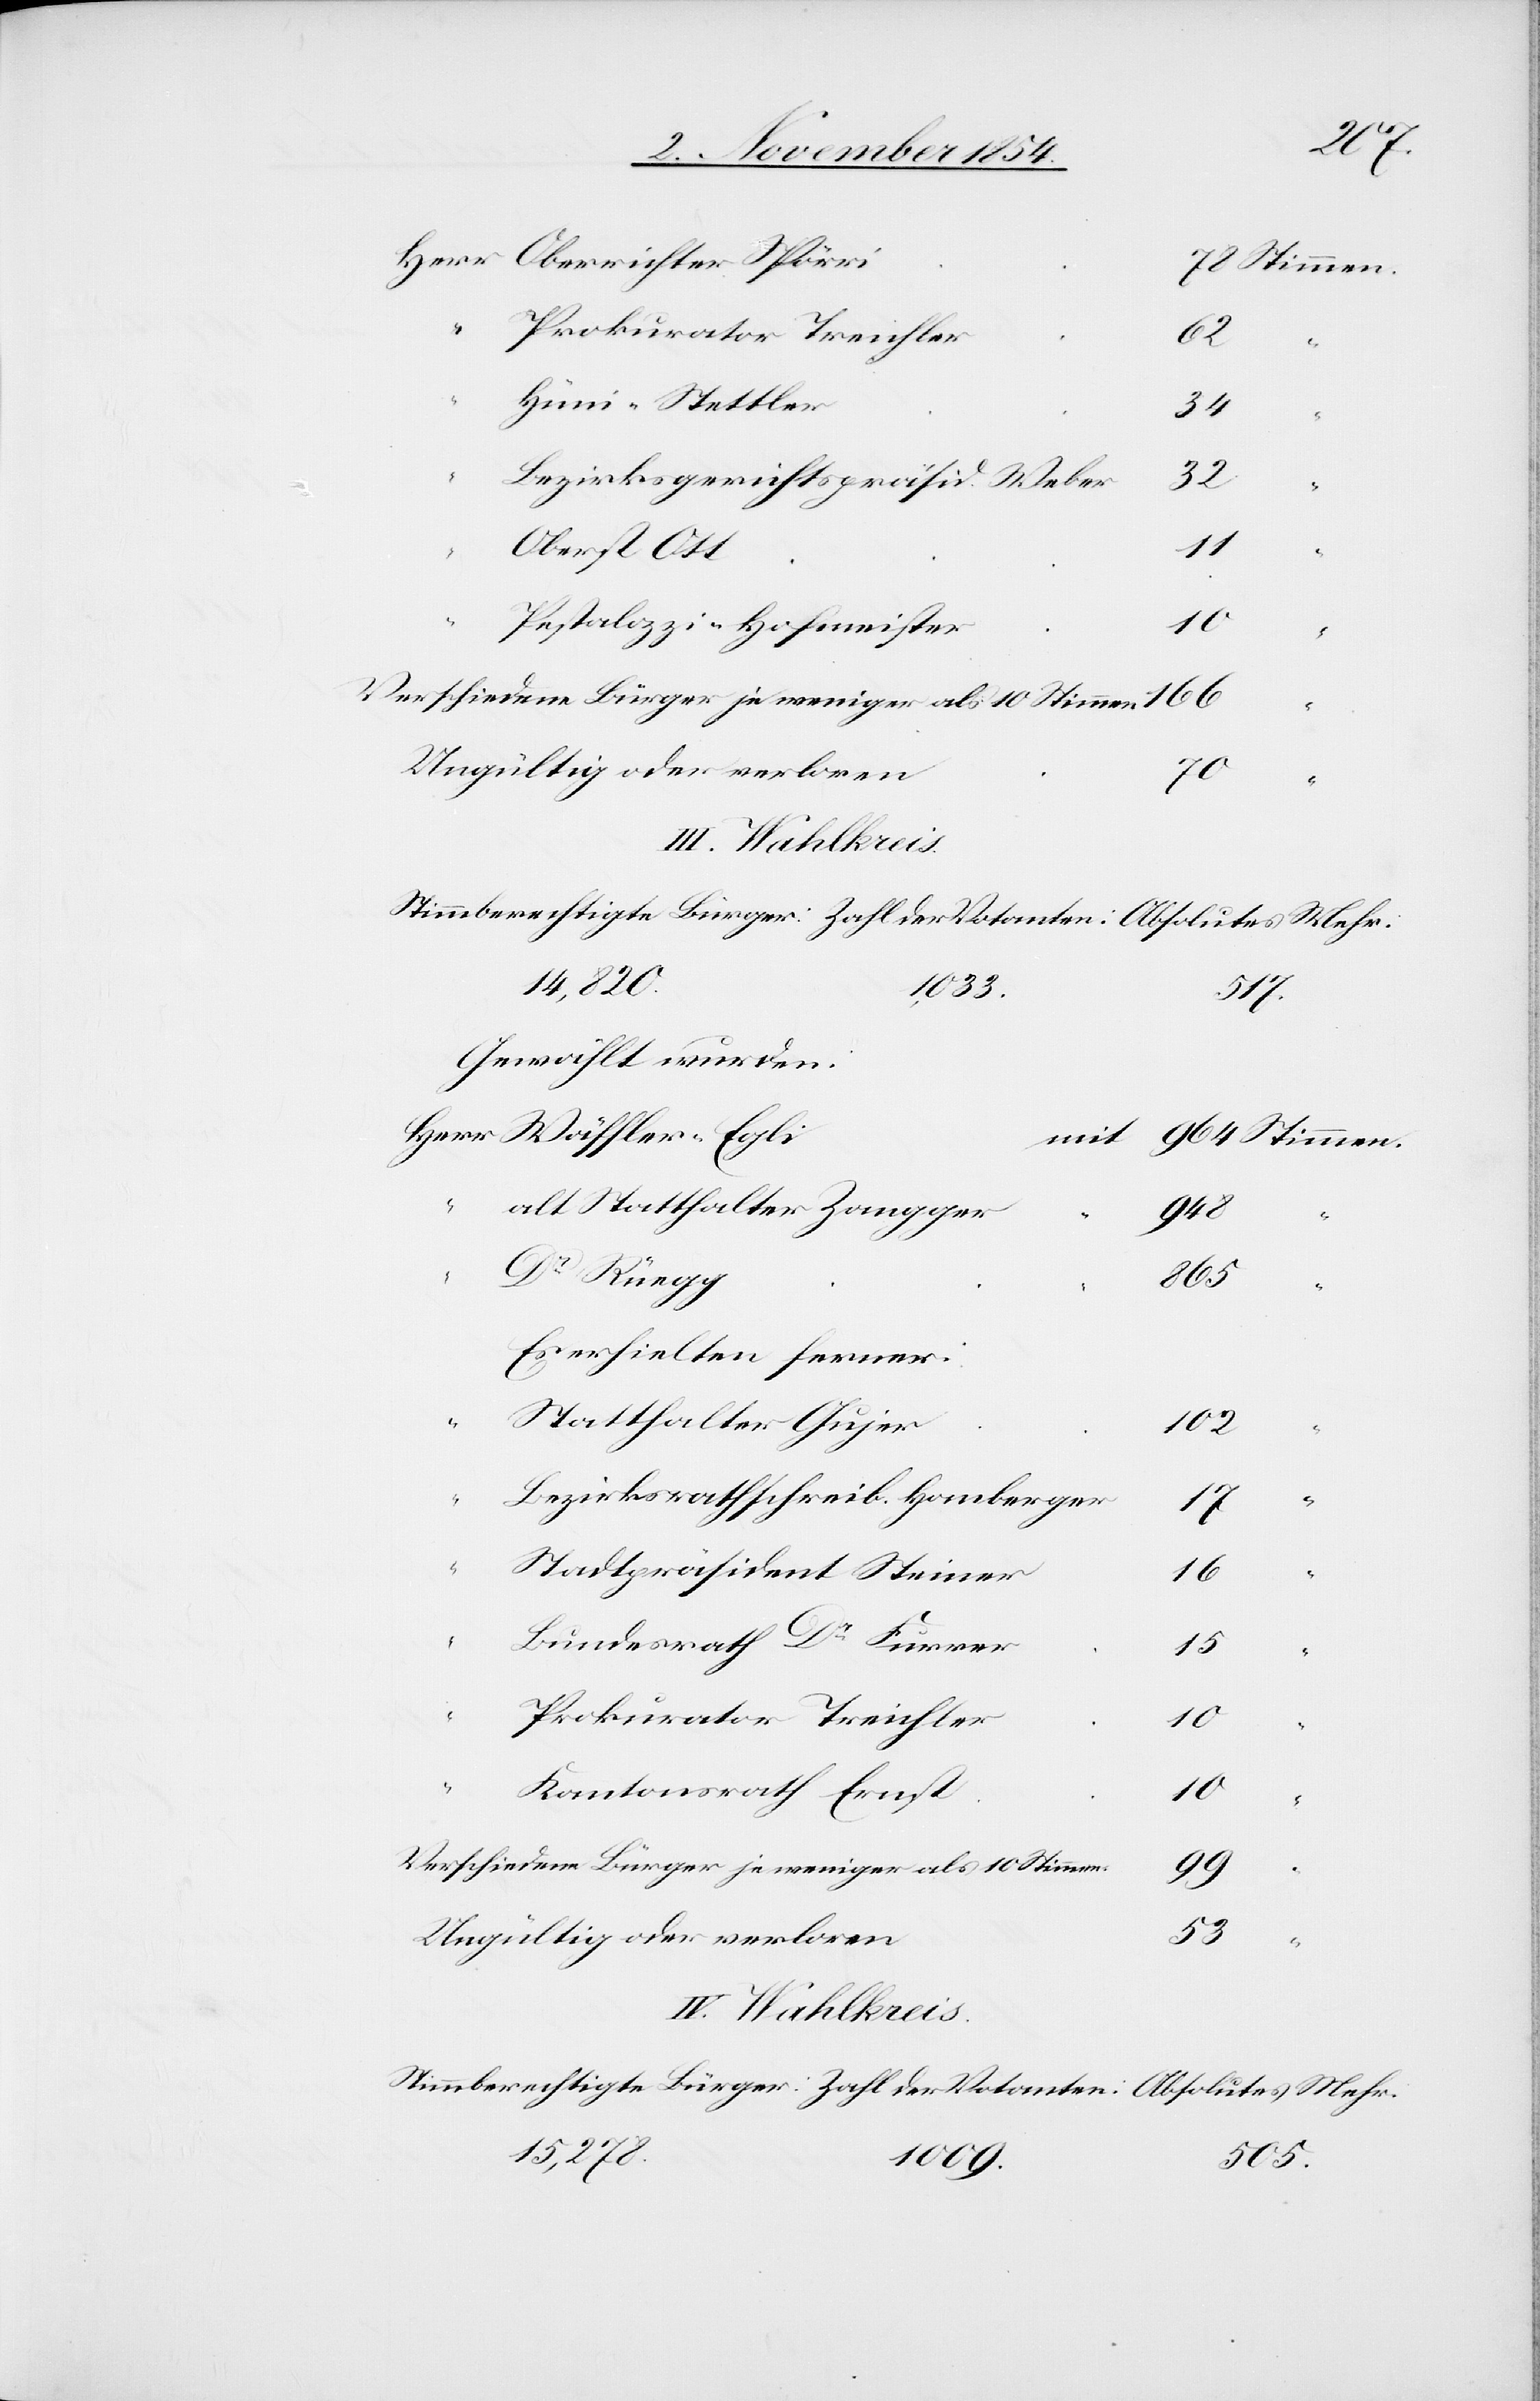
Stimmen.
Prokurator Treichler
62
Hüni-Stettler
34
Bezirksgerichtspräsid. Weber
32
Oberst Ott
11
Pestalozzi-Hofmeister
Ungültig oder verloren
70
“
IV. Wahlkreis.
14,820.
1,033.
517.
Gewählt wurden:
“
alt Statthalter Zangger
948
lutes
“
Dr Rüegg
Mehr:
Es erhielten ferner:
“
Statthalter Gujer
102
Bezirksrathschreib. Homberger
17
Stadtpräsident Steiner
16
Bundesrath Dr Furrer
15
Prokurator Treichler
10
Kantonsrath Ernst
10
Verschiedenen Bürger je weniger als 10 Stimmen
99
Ungültig oder verloren
15,278.
505.
1009.